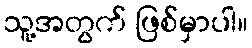
သူ့အတွက် ဖြစ်မှာပါ။